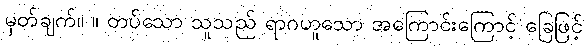
မှတ်ချက်။ ။ တပ်သော သူသည် ရာဂဟူသော အကြောင်းကြောင့် ခြေဖြင့်